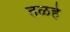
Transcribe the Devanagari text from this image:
तळहे